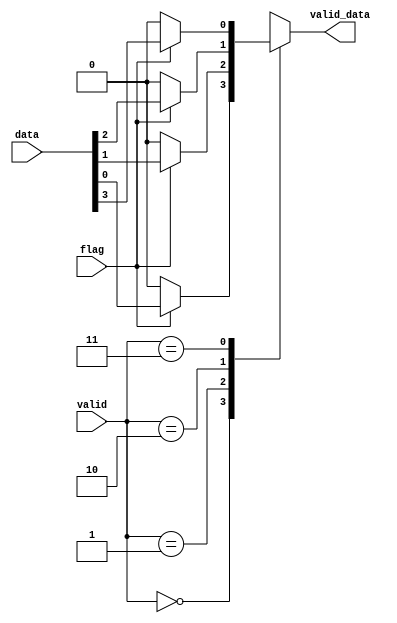
`timescale 1ns / 1ps
//////////////////////////////////////////////////////////////////////////////////
//
// HUST Digital Logic Experiment 3-1-a
//
// Pan Yue
//  
//////////////////////////////////////////////////////////////////////////////////

module mux_latch(
  input [3:0] data,
  input [1:0] valid,
  input flag,
  output reg valid_data);

initial begin
  valid_data=1'b0;
end

always @ (*)
begin
  case(valid)
    2'b00 : begin
      if(flag) valid_data = data[0];
      else valid_data = 0;
  	end
    2'b01 : begin
      if(flag) valid_data = data[1];
      else valid_data = 0;
    end
  	2'b10 : begin
      if(flag) valid_data = data[2];
      else valid_data = 0;
    end
    2'b11 : begin
      if(flag) valid_data = data[3];
      else valid_data = 0;
    end
    default : valid_data = 0;
  endcase
end
endmodule